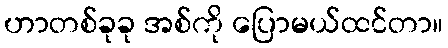
ဟာတစ်ခုခု အစ်ကို ပြောမယ်ထင်တာ။